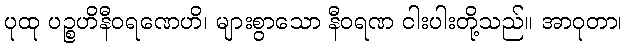
ပုထု ပဉ္စဟိနီဝရဏေဟိ၊ များစွာသော နီဝရဏ ငါးပါးတို့သည်။ အာဝုတာ၊